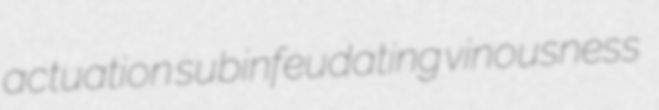
actuation subinfeudating vinousness